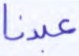
عبدنا